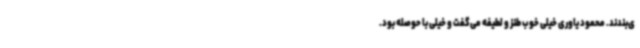
ی‌بندند. محمود یاوری خیلی خوب طنز و لطیفه می‌گفت و خیلی با حوصله بود.